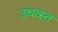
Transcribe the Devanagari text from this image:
उधव्स्त